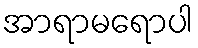
အာရာမရောပါ